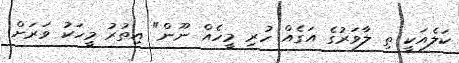
ކަލެއަކީ ތި ލާވަރުގެ އަގެއް ހުރި މީހެއް ނޫން" އިތުރު މީހަކު ވަރަށް